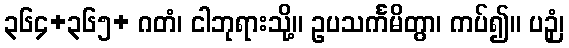
၃၆၄+၃၆၅+ ဂတံ၊ ငါဘုရားသို့။ ဥပသင်္ကမိတွာ၊ ကပ်၍။ ပဉှံ၊